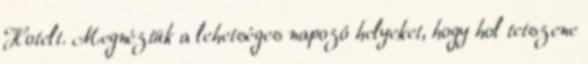
Hotelt. Megnéztük a lehetséges napozó helyeket, hogy hol tetszene